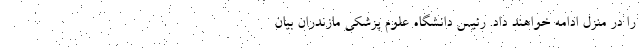
را در منزل ادامه خواهند داد. رئیس دانشگاه علوم پزشکی مازندران بیان